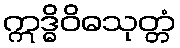
ဣဒ္ဓိဝိဓသုတ္တံ